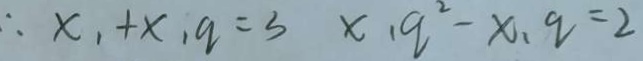
\therefore x _ { 1 } + x _ { 1 } q = 3 x _ { 1 } q ^ { 2 } - x _ { 1 } q = 2